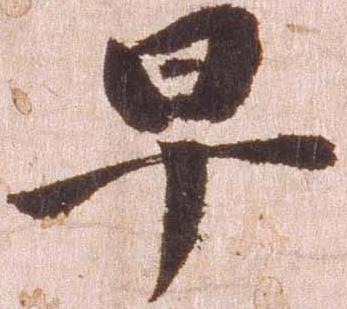
早